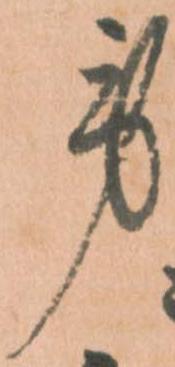
労